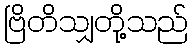
ဗြိတိသျှတို့သည်